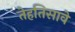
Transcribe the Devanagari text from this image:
तेहतिसावे